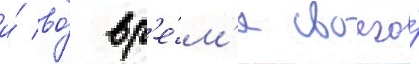
и́ во́ вр'е́м'я своего́